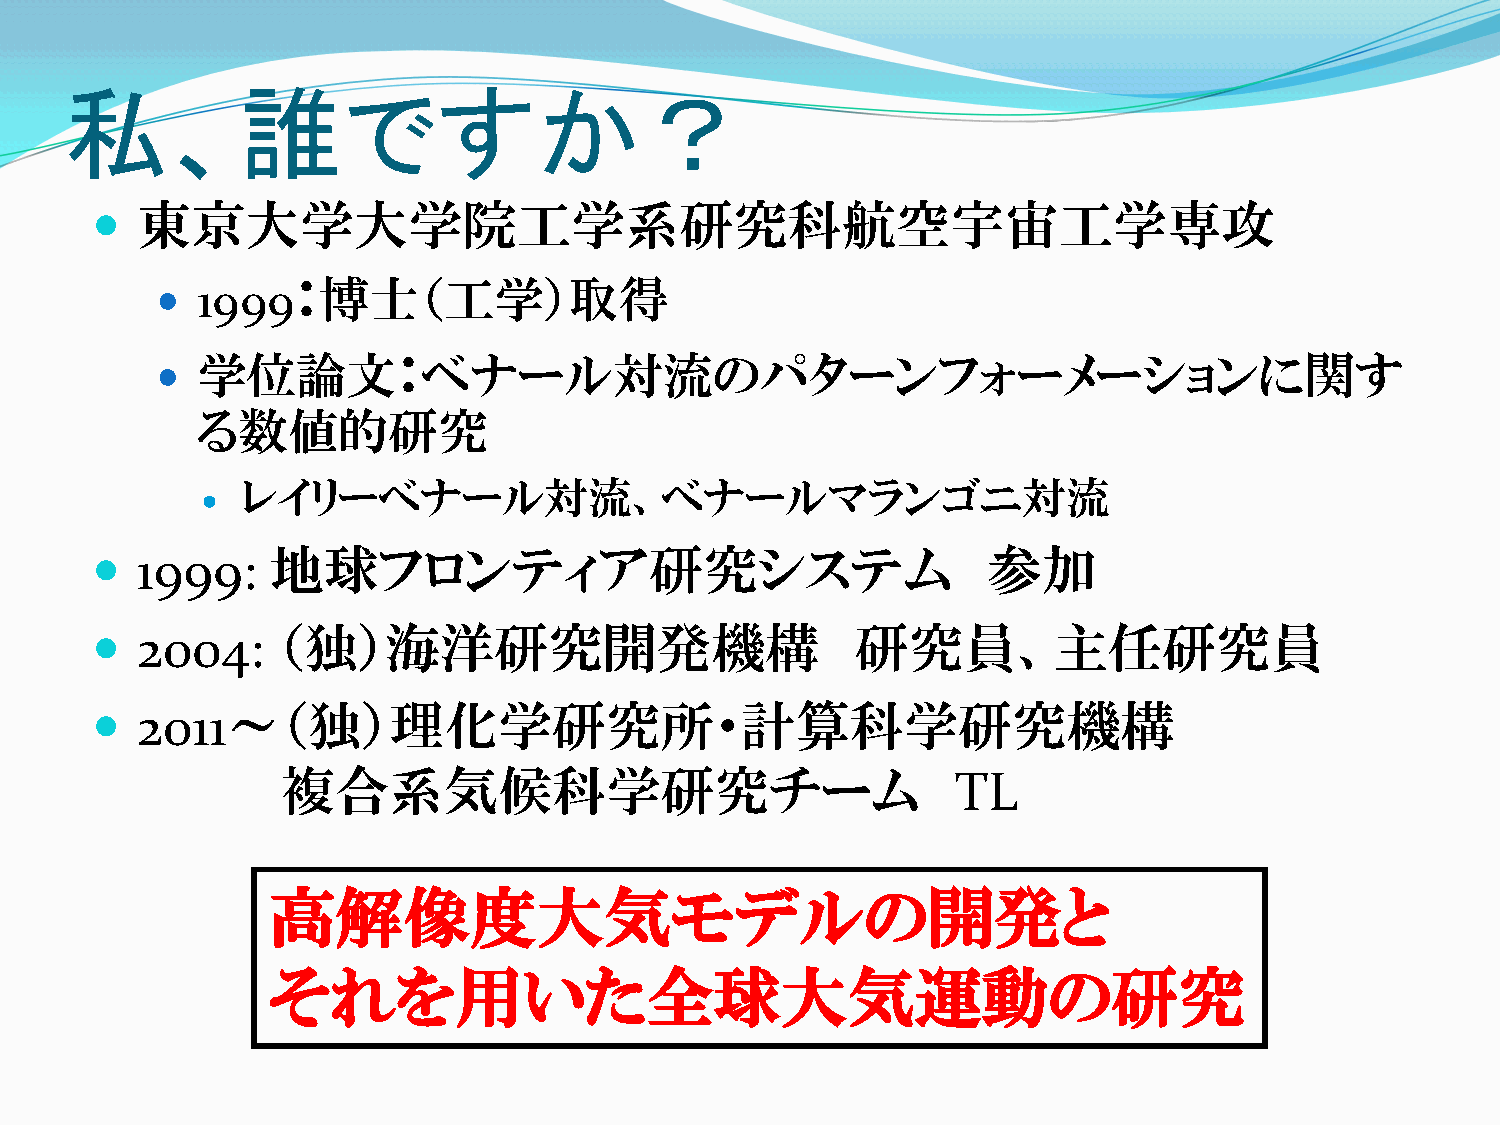
私、誰ですか？
   東京大学大学院工学系研究科航空宇宙工学専攻
 
 1999：博士（工学）取得
 学位論文：ベナール対流のパターンフォーメーションに関す
 
 る数値的研究
 レイリーベナール対流、ベナールマランゴニ対流
 
   1999:    地球フロンティア研究システム                                 参加
   2004:    （独）海洋研究開発機構                            研究員、主任研究員
   2011～（独）理化学研究所・計算科学研究機構
 複合系気候科学研究チーム                                TL
 高解像度大気モデルの開発と
 それを用いた全球大気運動の研究